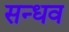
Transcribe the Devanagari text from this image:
सन्धव